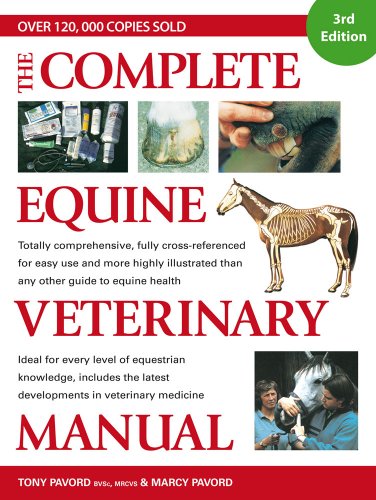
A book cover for Complete Equine Veterinary Manual; Tony Pavord; Medical Books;